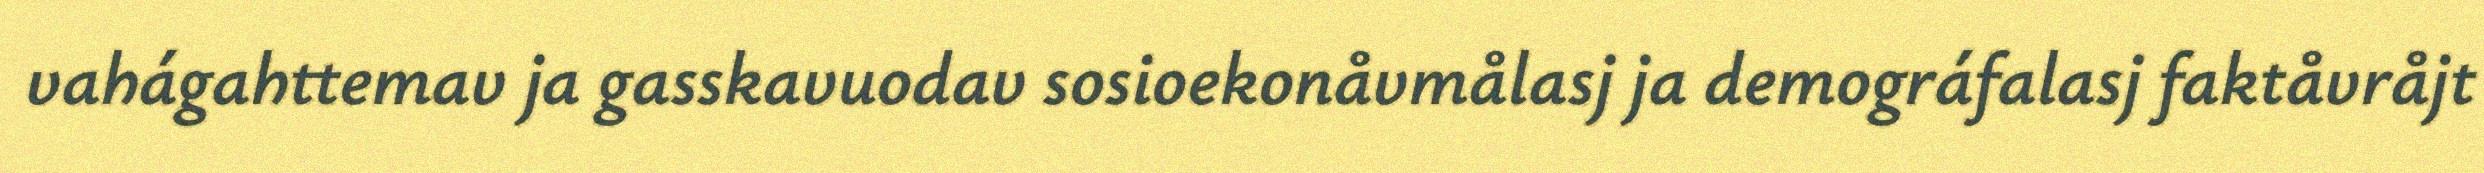
vahágahttemav ja gasskavuodav sosioekonåvmålasj ja demográfalasj faktåvråjt